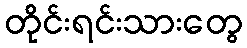
တိုင်းရင်းသားတွေ